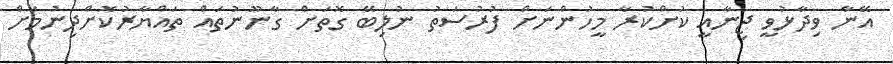
އޭނާ ވިދާޅުވީ ޖިނާއީ ކުށްކުރާ މީހުންނަށް ފުރުސަތު ނުލިބޭ ގޮތަށް ގާނޫނުތައް ތައްޔާރުކޮށްދިނުމަށް